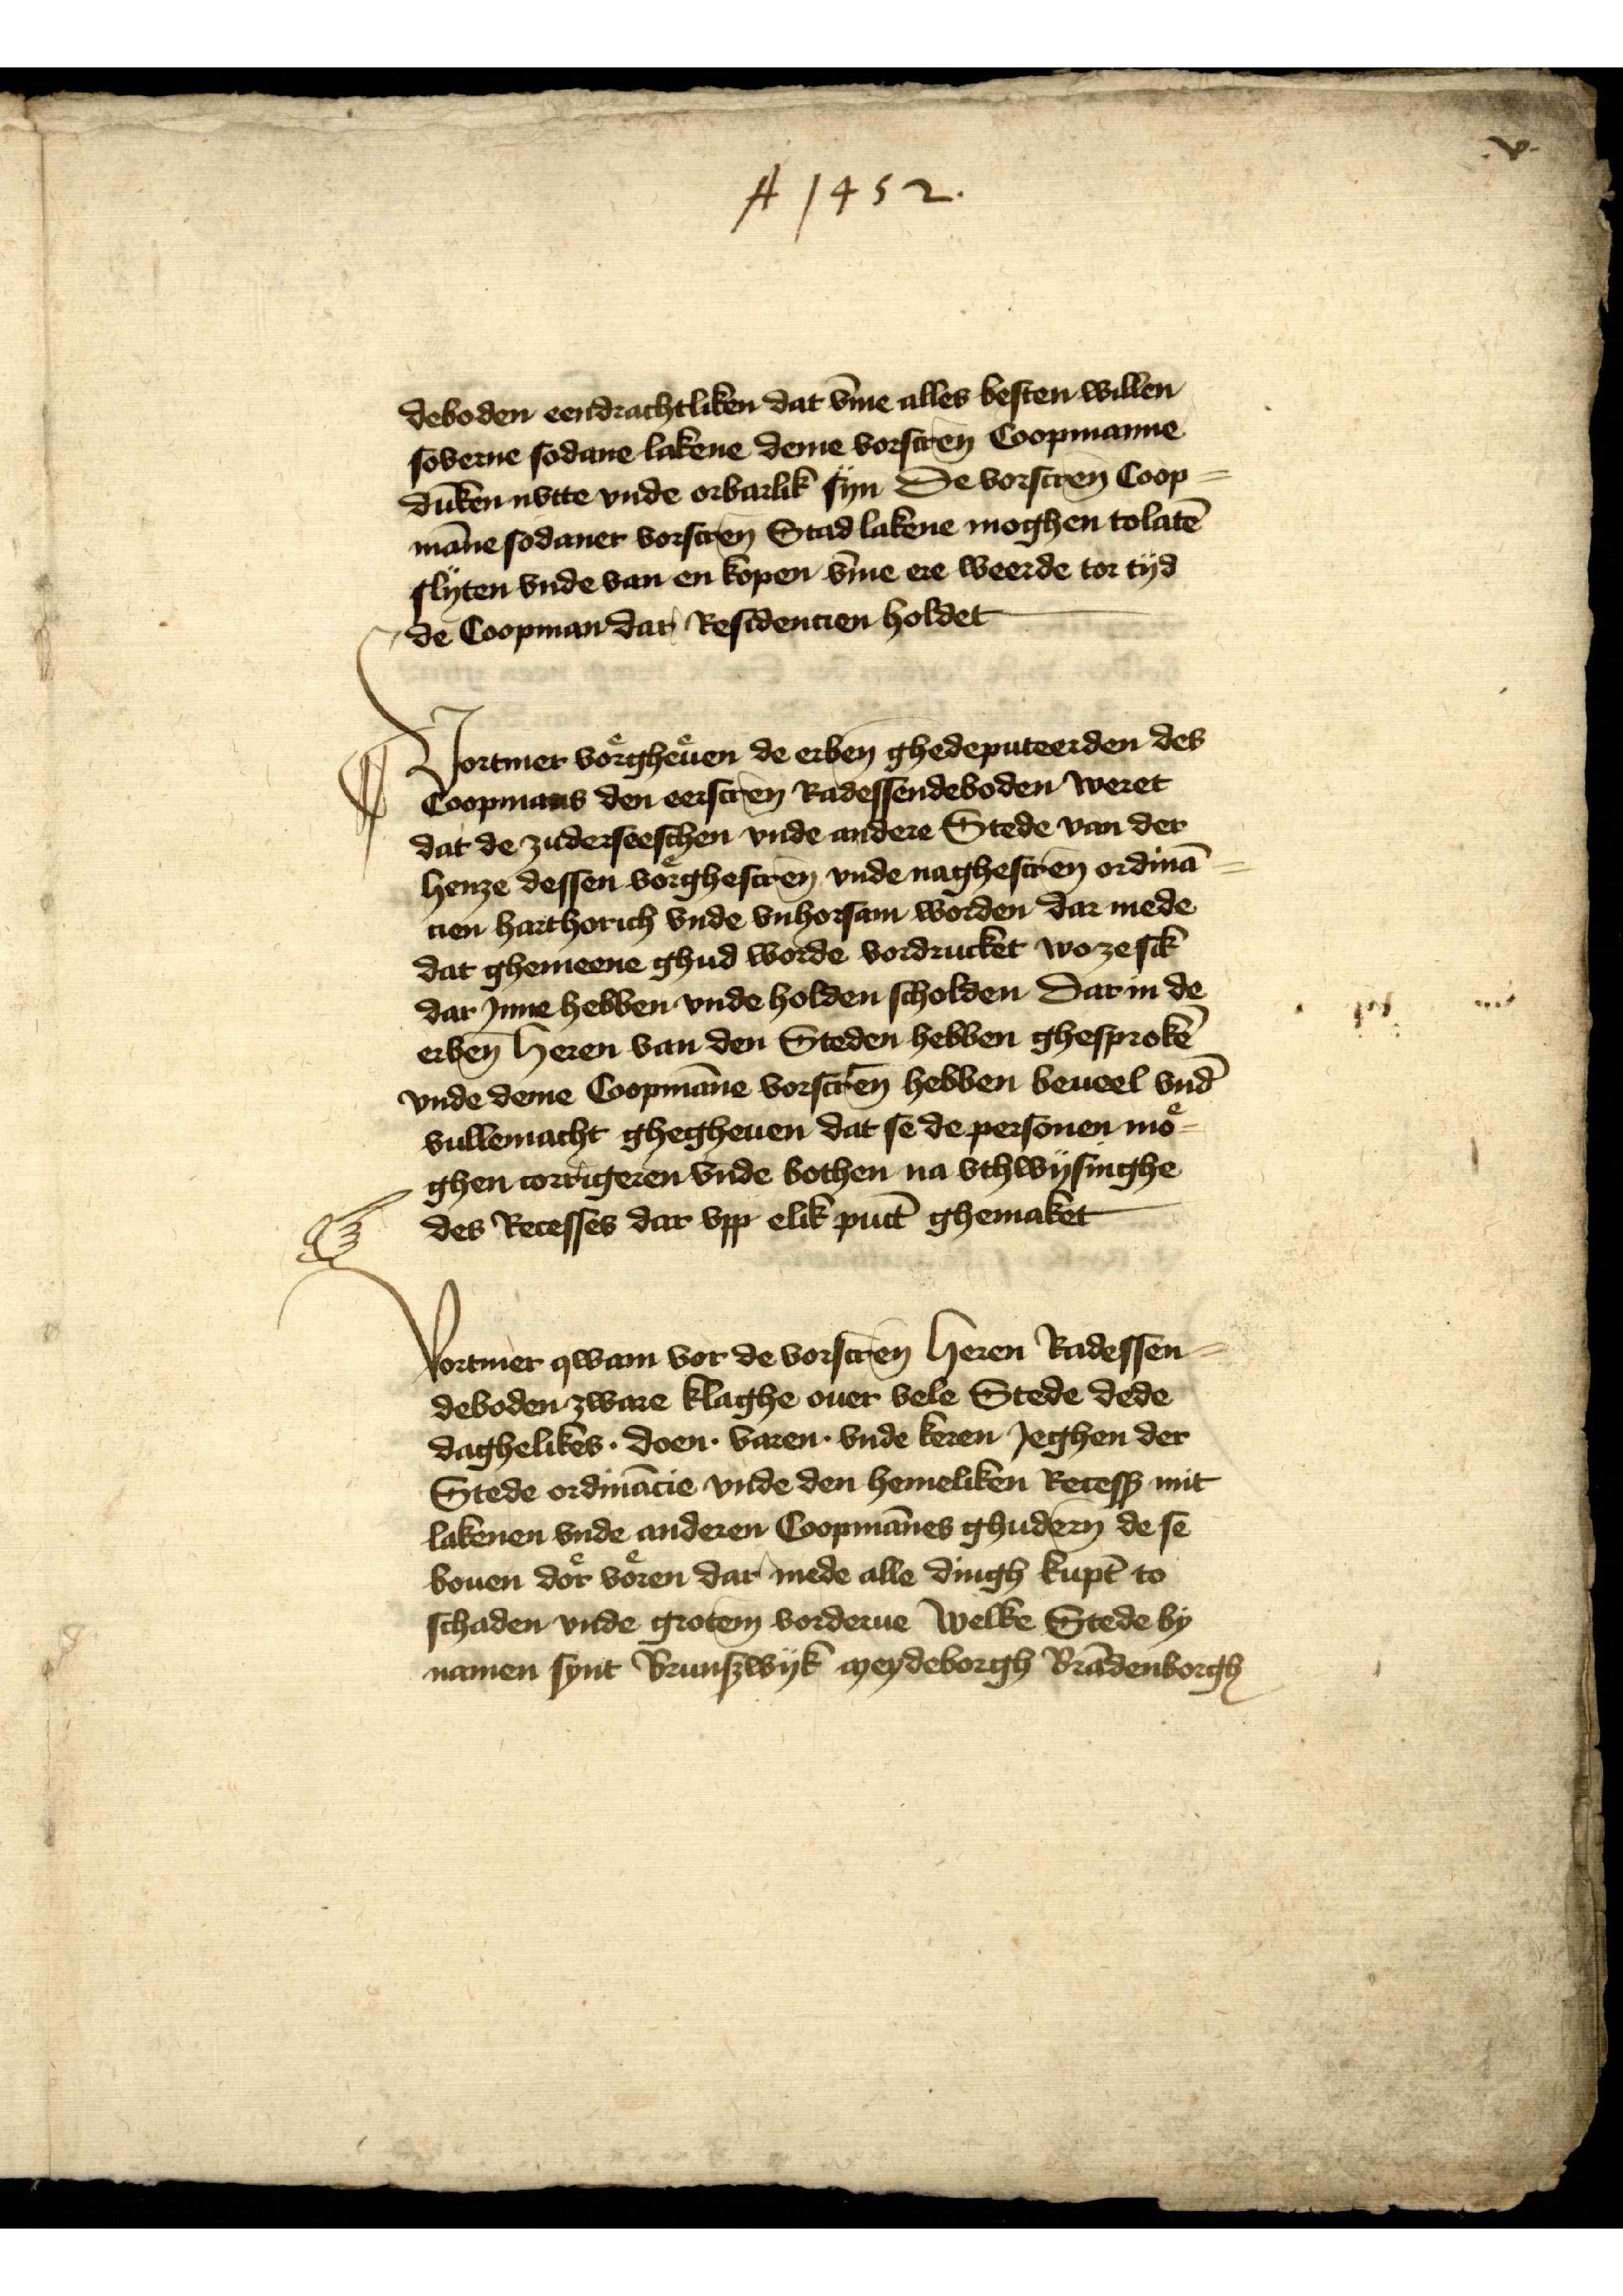
A 1452.

deboden eendrachtliken dar v̄me alles besten willen
soverne sodane lakene deme vorscrēn Coopmanne
dūken nvtte vnde orbarlik syn De vorscrēn Coop¬
māne sodaner vorscrēn Stad lakene moghen tolatē
slyten vnde van en kopen v̄me ere weerde tor tyd
de Coopman dar Residentien holdet

Vortmer voͤrggeuͤen de erben ghedeputeerden des
Coopmans den eerscrēn Radessendeboden weret
dat de zuderseeschen vnde andere Stede van der
henze dessen voͤrghescrēn vnde naghescrēn ordinā¬
cien harthorich vnde vnhorsam worden dar mede
dat ghemeene ghud worde vordrucket wo ze sik
dar Jnne hebben vnde holden scholden dar in de
erben̄ Heren van den Steden hebben ghesprokē
vnde deme Coopmāne vorscrēn hebben beueel vnd
vullemacht ghegheuen dat se de personen moͤ¬
ghen corrigeren vnde bothen na vthwysinghe
des Recesses dar vpp elik pūct ghemaket

Vortmer qwam vor de vorscrēn heren Radessen¬
deboden zware klaghe ouer vele Stede dede
daghelikes . doen . varen vnde keren Jeghen der
Stede ordinācie vnde den hemeliken Recess mit
lakenen vnde anderer Coopmānes ghudern de se
bouen doͤr voͤren dar mede alle dingh kūpt to
schaden vnde grotem vorderue welke Stede by
namen synt Brunswyk Meydeborgh Brādenborgh